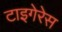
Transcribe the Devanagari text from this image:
टाइगेरेस